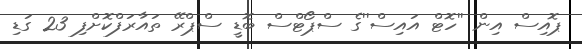
ޕޮއިސް އިން ''ހޮޓް އައިސް''ގެ ސްޕޯޓްސް ބޮޑީ ސްޕްރޭ ތައާރަފްކޮށްފި 23 ގަޑި